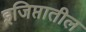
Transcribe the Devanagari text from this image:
इजिप्तातील